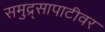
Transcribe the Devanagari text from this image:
समुद्र्सापाटीवर